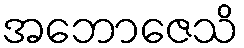
အဘောဇေသိ